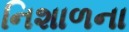
નિશાળના